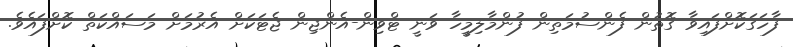
ފާހަގަކޮށްފައިވާ ގޮތުން ފެންސުމަތިން ފުންމާލިމީހާ ވަނީ ޓްވިން-އެންޖިން ޖެޓަކަށް އެރުމަށް މަސައްކަތް ކޮށްފައެވެ.